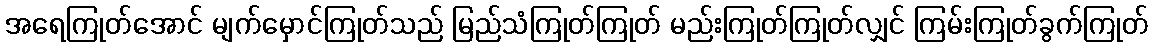
အရေကြုတ်အောင် မျက်မှောင်ကြုတ်သည် မြည်သံကြုတ်ကြုတ် မည်းကြုတ်ကြုတ်လျှင် ကြမ်းကြုတ်ခွက်ကြုတ်